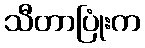
သီတာပြုံးက